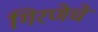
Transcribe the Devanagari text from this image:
गिरणेचे